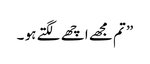
” تم مجھے اچھے لگتے ہو ۔